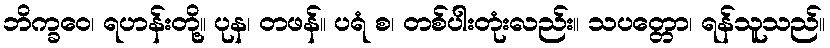
ဘိက္ခဝေ၊ ရဟန်းတို့။ ပုန၊ တဖန်။ ပရံ စ၊ တစ်ပါးတုံးလည်း။ သပတ္တော၊ ရန်သူသည်။